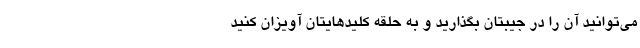
می‌توانید آن را در جیبتان بگذارید و به حلقه کلیدهایتان آویزان کنید